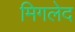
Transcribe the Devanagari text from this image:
मिगलेद